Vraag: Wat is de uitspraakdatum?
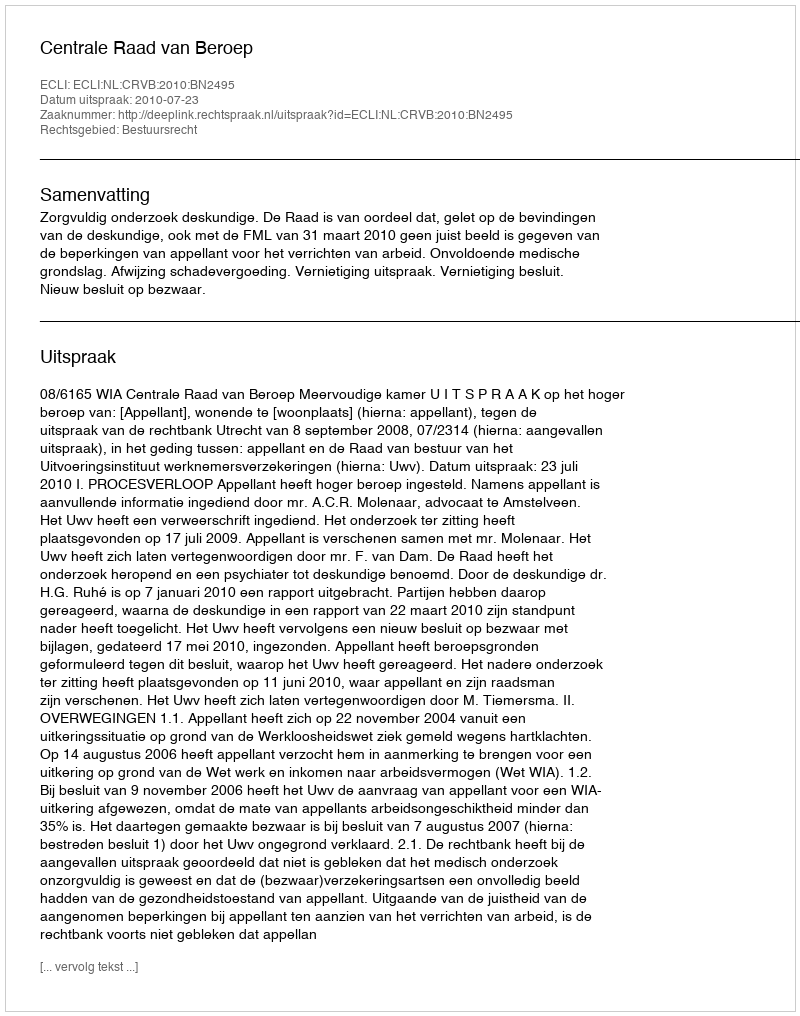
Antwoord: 2010-07-23